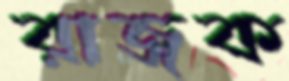
রাজক